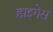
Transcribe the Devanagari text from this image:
हाइगेस